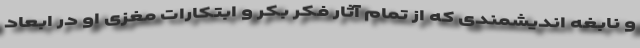
و نابغه اندیشمندی که از تمام آثار فکر بکر و ابتکارات مغزی او در ابعاد